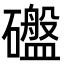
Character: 䃲